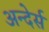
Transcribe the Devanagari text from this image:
अन्देर्स